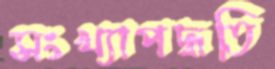
সংখ্যাপদ্ধতি